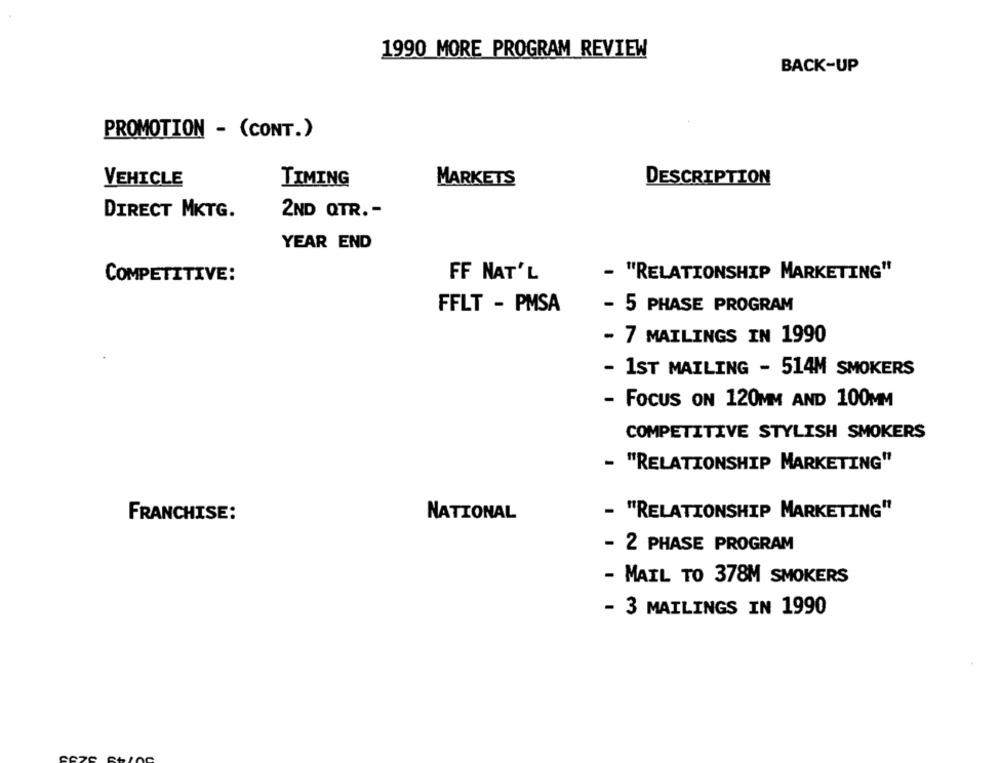
1990 MORE PROGRAM REVIEW
BACK-UP
PROMOTION - (CONT.)
VEHICLE
TIMING
MARKETS
DESCRIPTION
2ND QTR. -
DIRECT MKTG.
YEAR END
COMPETITIVE:
FF NAT'L
- "RELATIONSHIP MARKETING"
FFLT - PMSA
- 5 PHASE PROGRAM
- 7 MAILINGS IN 1990
- 1ST MAILING - 514M SMOKERS
- FOCUS ON 120MM AND 100MM
COMPETITIVE STYLISH SMOKERS
- "RELATIONSHIP MARKETING"
FRANCHISE:
NATIONAL
- "RELATIONSHIP MARKETING"
2 PHASE PROGRAM
- MAIL TO 378M SMOKERS
- 3 MAILINGS IN 1990